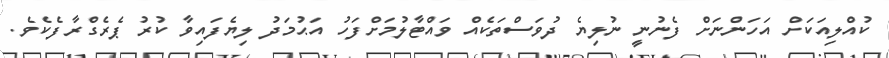
ކުއްލިއަކަށް އަހަންނަށް ފެނުނީ ނުލިޔެ ދުވަސްތަކެއް ވައްޓާލުމަށްފަހު އަޙުމަދު ލިޔެފައިވާ ކުރު ޕެރެގްރާފެކެވެ.